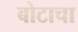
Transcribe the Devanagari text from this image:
बोटाचा